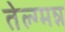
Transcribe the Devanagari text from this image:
तेल्ग्मन्न